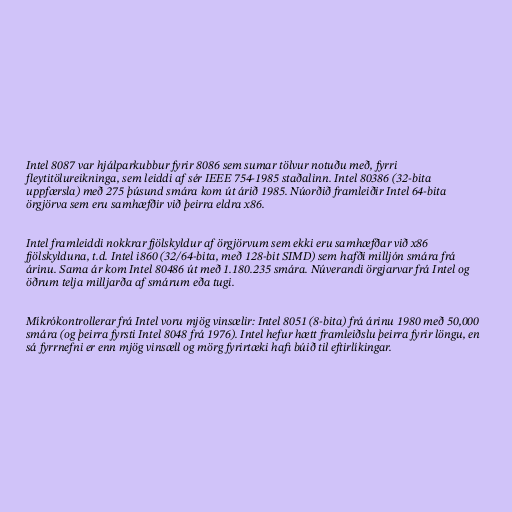
Intel 8087 var hjálparkubbur fyrir 8086 sem sumar tölvur notuðu með, fyrri
fleytitölureikninga, sem leiddi af sér IEEE 754-1985 staðalinn. Intel 80386 (32-bita
uppfærsla) með 275 þúsund smára kom út árið 1985. Núorðið framleiðir Intel 64-bita
örgjörva sem eru samhæfðir við þeirra eldra x86.

Intel framleiddi nokkrar fjölskyldur af örgjörvum sem ekki eru samhæfðar við x86
fjölskylduna, t.d. Intel i860 (32/64-bita, með 128-bit SIMD) sem hafði milljón smára frá
árinu. Sama ár kom Intel 80486 út með 1.180.235 smára. Núverandi örgjarvar frá Intel og
öðrum telja milljarða af smárum eða tugi.

Míkrókontrollerar frá Intel voru mjög vinsælir: Intel 8051 (8-bita) frá árinu 1980 með 50,000
smára (og þeirra fyrsti Intel 8048 frá 1976). Intel hefur hætt framleiðslu þeirra fyrir löngu, en
sá fyrrnefni er enn mjög vinsæll og mörg fyrirtæki hafi búið til eftirlíkingar.